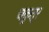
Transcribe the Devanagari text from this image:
चकुत्र